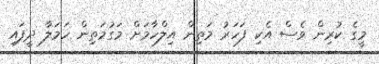
މީގެ ކުރިން ވެސް އެކި ފަހަރު މަތިން އިލްހާމަށް މަގުމަތިން ހަމަލާ ދީފައި